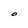
Character: O